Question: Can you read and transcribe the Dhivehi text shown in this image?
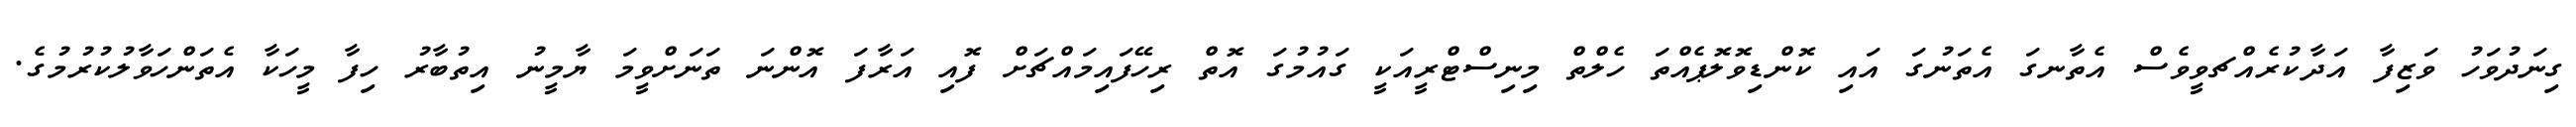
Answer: ގިނަދުވަހު ވަޒިފާ އަދާކުރެއްޗވީވެސް އެތާނގަ އެތަނުގަ އައި ކޮންޑިވޮލޮޕެއްތަ ހެލްތް މިނިސްޓްރީއަކީ ގައުމުގަ އޮތް ރިހޭފައިމައްޗަށް ފޮއި އަރާފަ އޮންނަ ތަނަށްވީމަ ޔާމީނު އިތުބާރު ހިފާ މީހަކާ އެތަންހަވާލުކުރުމުގެ.